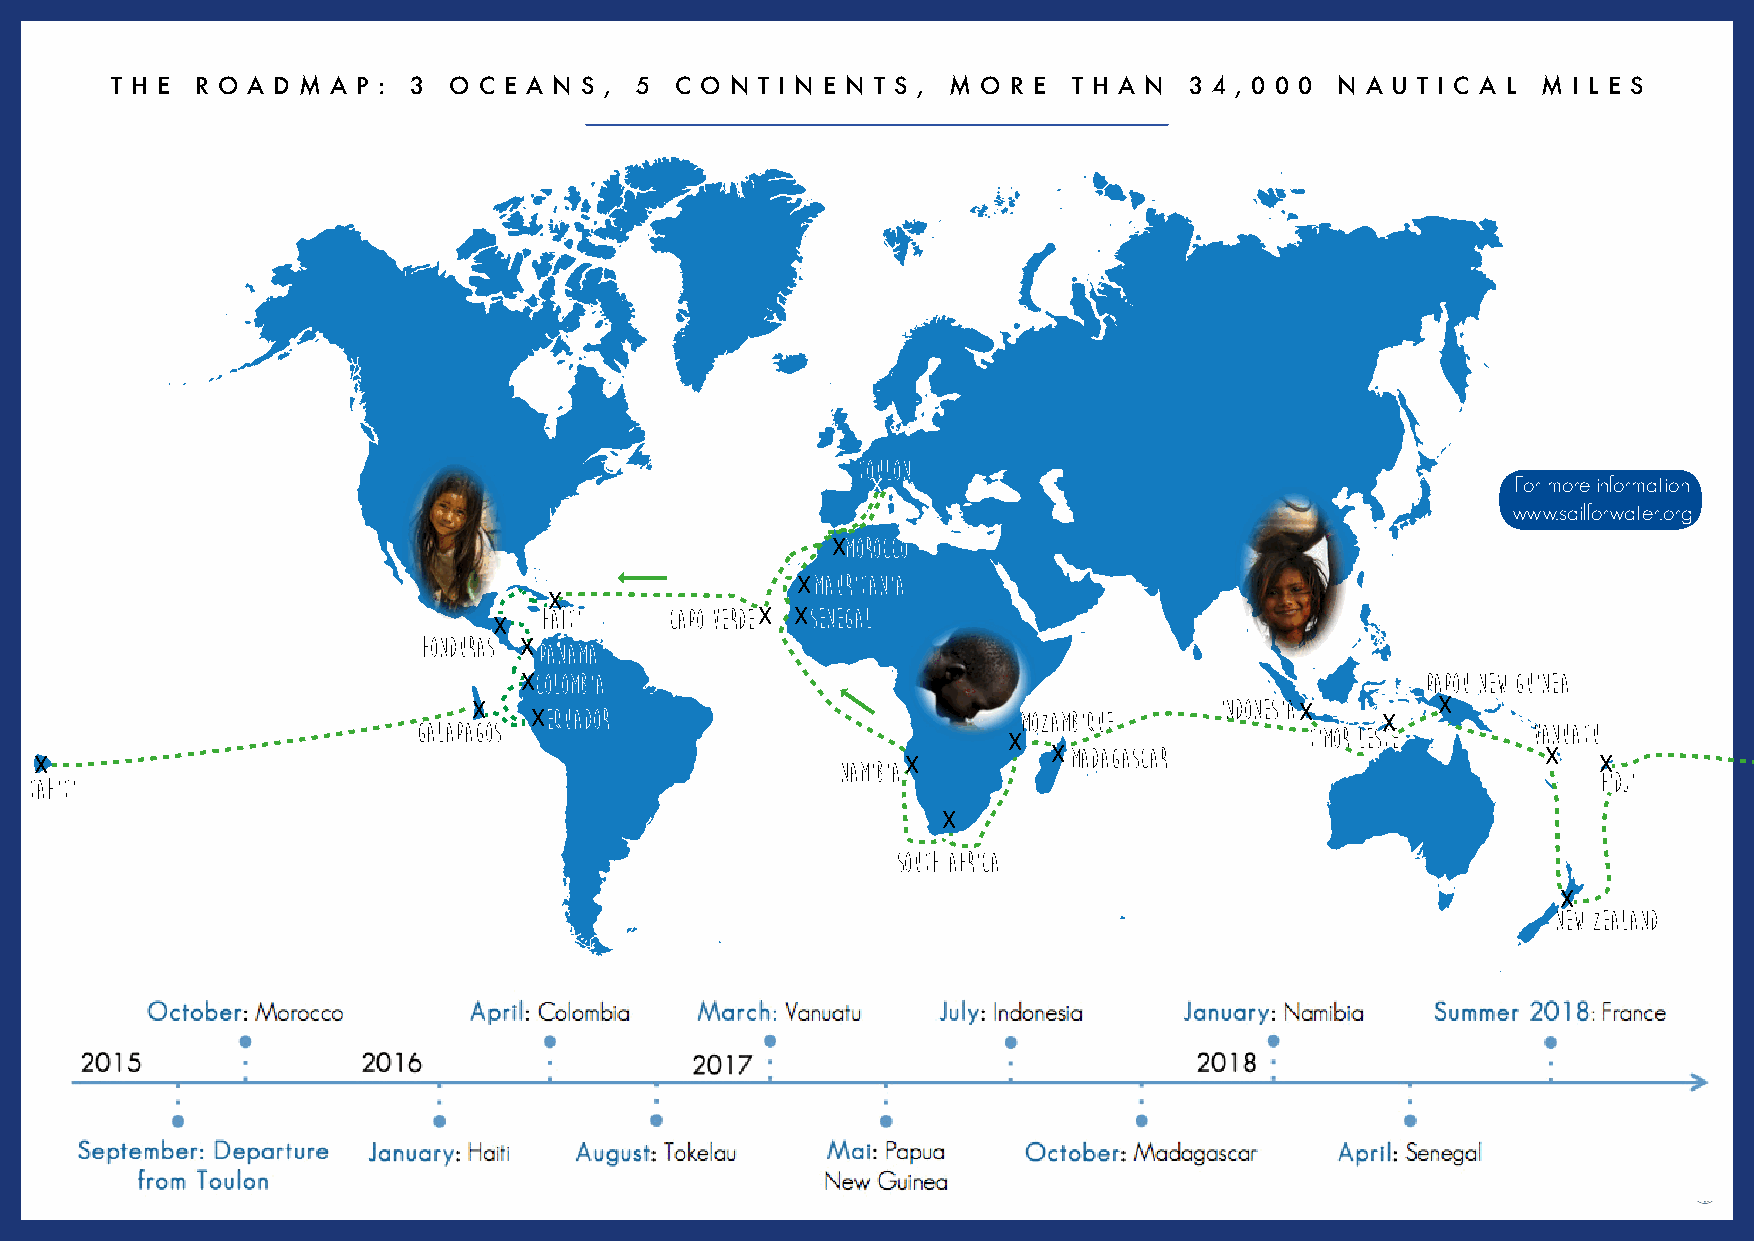
T H E R O A D M A P : 3 O C E A N S , 5 C O N T I N E N T S , M O R E T H A N 3 4 , 0 0 0 N A U T I C A L M I L E S
 toulon
 X                                         For more information
 www.sailforwater.org
 Xmorocco
 Xmauritania
 X
 haïti   capo verdeX Xsenegal
 X
 honduras Xpanama
 Xcolombia                                                  papou new guinea
 X   Xequador                         mozambique   indonesiaX X  X
 galapagos                                                  timor leste   vanuatu
 X
 Xmadagascar                     X
 X                                                     namibiaX                                          X
 FIDJI
 tahiti
 X
 south africa
 X
 new zealand